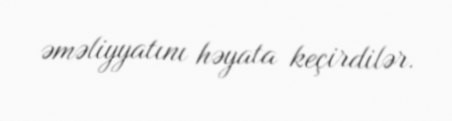
əməliyyatını həyata keçirdilər.